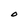
Character: O